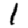
Digit: 1